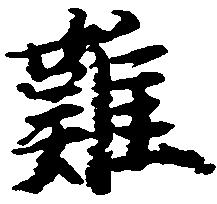
難